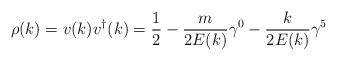
\begin{align*}\rho(k) = v(k)v^{\dagger}(k) = \frac{1}{2} - \frac{m}{2E(k)} \gamma^{0}-\frac{k}{2E(k)} \gamma^{5}\end{align*}